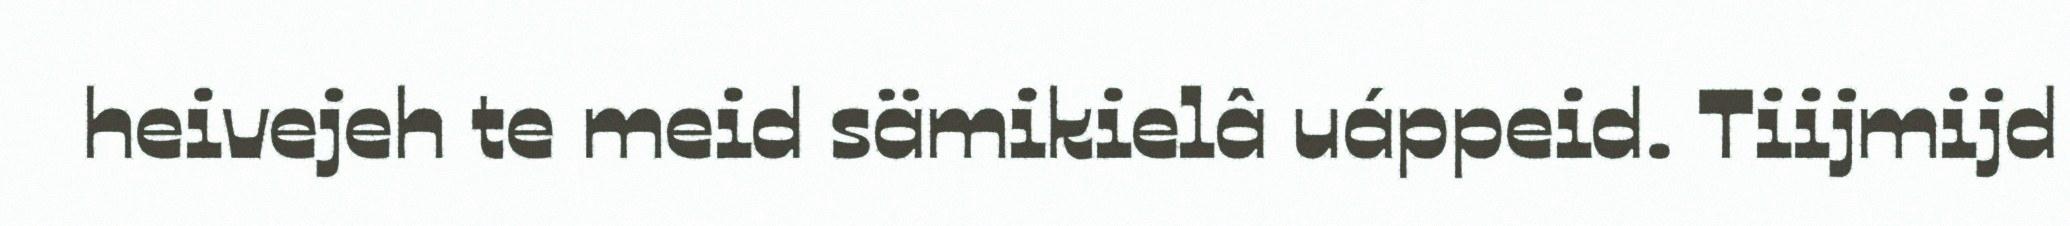
heivejeh te meid sämikielâ uáppeid. Tiijmijd